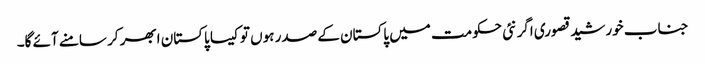
جناب خورشید قصوری اگر نئی حکومت میں پاکستان کے صدر ہوں تو کیسا پاکستان ابھر کر سامنے آئے گا۔